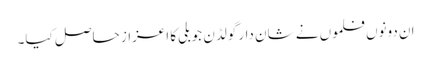
ان دونوں فلموں نے شان دار گولڈن جوبلی کا اعزاز حاصل کیا۔